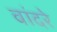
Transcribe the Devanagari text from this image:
वांदरे